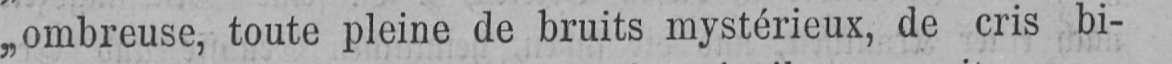
„ombreuse, toute pleine de bruits mystérieux, de cris bi-